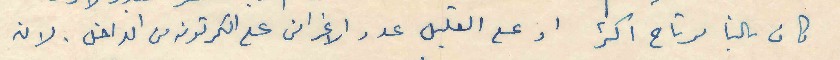
كان بالنا مرتاح اكتر او على القليل عدد الاغراض على الكرتونه من الداخل. لان